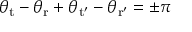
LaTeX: \theta _ { \mathrm { t } } - \theta _ { \mathrm { r } } + \theta _ { \mathrm { t ' } } - \theta _ { \mathrm { r ' } } = \pm \pi